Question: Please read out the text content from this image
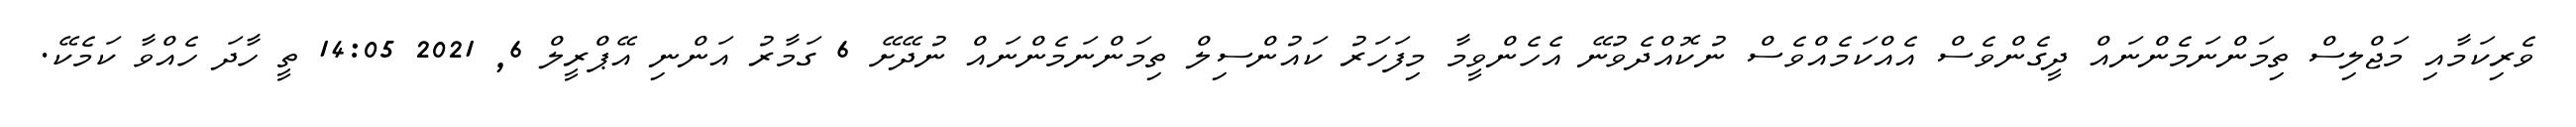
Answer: ވެރިކަމާއި މަޖްލިސް ތިމަންނަމެންނައް ދީގެންވެސް އެއްކަމެއްވެސް ނުކޮއްދެވުނޭ އެހެންވީމާ މިފަހަރު ކައުންސިލް ތިމަންނަމެންނައް ނުދޭށޭ 6 ގަމާރު އަންނި އޭޕްރީލް 6, 2021 14:05 ތީ ހާދަ ހެއްވާ ކަމެކޭ.